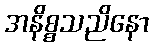
အနိစ္စသညိနော